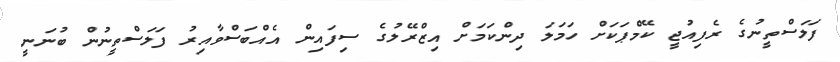
ފަލަސްތީނުގެ ރެފިއުޖީ ކޭމްޕަކަށް ހަމަލަ ދިންކަމަށް އިޒްރޭލުގެ ސިފައިން އެއްބަސްވާއިރު ފަލަސްތީނުން ބުނަނީ